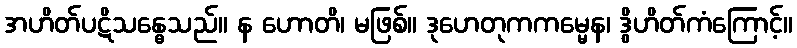
အဟိတ်ပဋိသန္ဓေသည်။ န ဟောတိ၊ မဖြစ်။ ဒုဟေတုကကမ္မေန၊ ဒွိဟိတ်ကံကြောင့်။